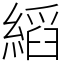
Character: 縚